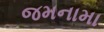
જમનામા